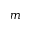
m